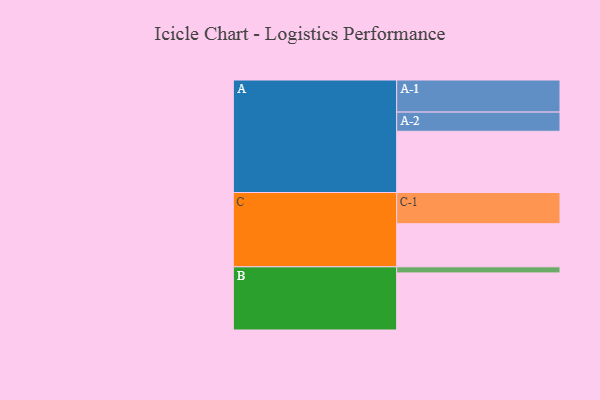
{"axis": {"x": "Segment", "y": "Value"}, "legend": ["", "A", "B", "C"], "data": [{"x": "A", "y": 561, "type": ""}, {"x": "B", "y": 523, "type": ""}, {"x": "C", "y": 395, "type": ""}, {"x": "A-1", "y": 294, "type": "A"}, {"x": "A-2", "y": 176, "type": "A"}, {"x": "B-1", "y": 56, "type": "B"}, {"x": "C-1", "y": 286, "type": "C"}]}